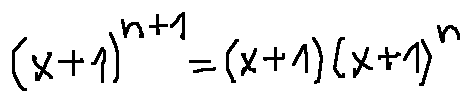
( x + 1 ) ^ { n + 1 } = ( x + 1 ) ( x + 1 ) ^ { n }